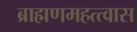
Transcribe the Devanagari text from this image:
ब्राह्मणमहत्त्वास